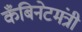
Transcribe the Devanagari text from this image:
कँबिनेटमंत्री